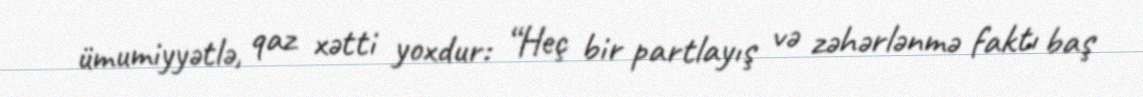
ümumiyyətlə, qaz xətti yoxdur: “Heç bir partlayış və zəhərlənmə faktı baş